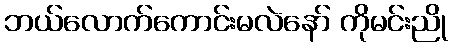
ဘယ်လောက်ကောင်းမလဲနော် ကိုမင်းညို